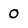
Character: 0